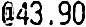
@43.90